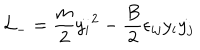
LaTeX: { \cal { L } } _ { - } = \frac { m } { 2 } { \dot { y _ { i } } } ^ { 2 } - \frac { B } { 2 } \epsilon _ { i j } y _ { i } \dot { y _ { j } }